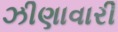
ઝીણાવારી